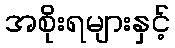
အစိုးရများနှင့်